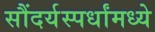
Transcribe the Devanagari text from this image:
सौंदर्यस्पर्धांमध्ये